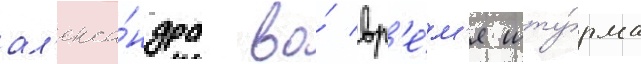
ал'екса́ндра во́ вр'е́м'я шту́рма